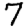
Digit: 7